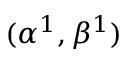
( \alpha ^ { 1 } , \beta ^ { 1 } )